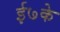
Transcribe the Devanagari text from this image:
ई७के